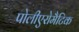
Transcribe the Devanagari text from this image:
पोलीएरोमैटिक